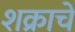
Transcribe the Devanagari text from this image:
शक्राचे